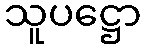
သူပဋ္ဌော